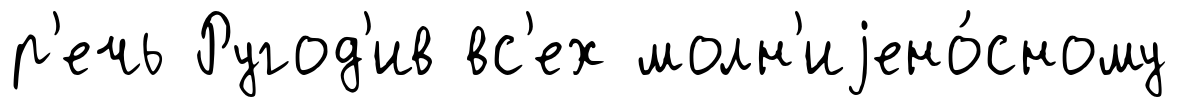
р'ечь Ругод'ив вс'ех молн'иjено́сному